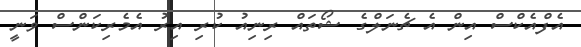
އެފްއެކްސް އިން އެ ޗެނަލްގެ ޝޯތައް ރިނިއު ކުރި އިރު އެމެރިކަންސް ވަނީ